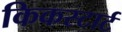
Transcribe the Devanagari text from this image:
किकस्टार्ट